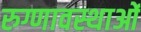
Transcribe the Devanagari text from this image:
रुग्णावस्थाओं